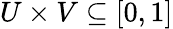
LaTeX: U\times V\subseteq[0,1]